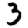
Digit: 3